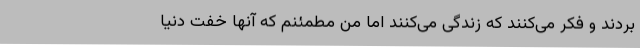
بردند و فکر می‌کنند که زندگی می‌کنند اما من مطمئنم که آنها خفت دنیا